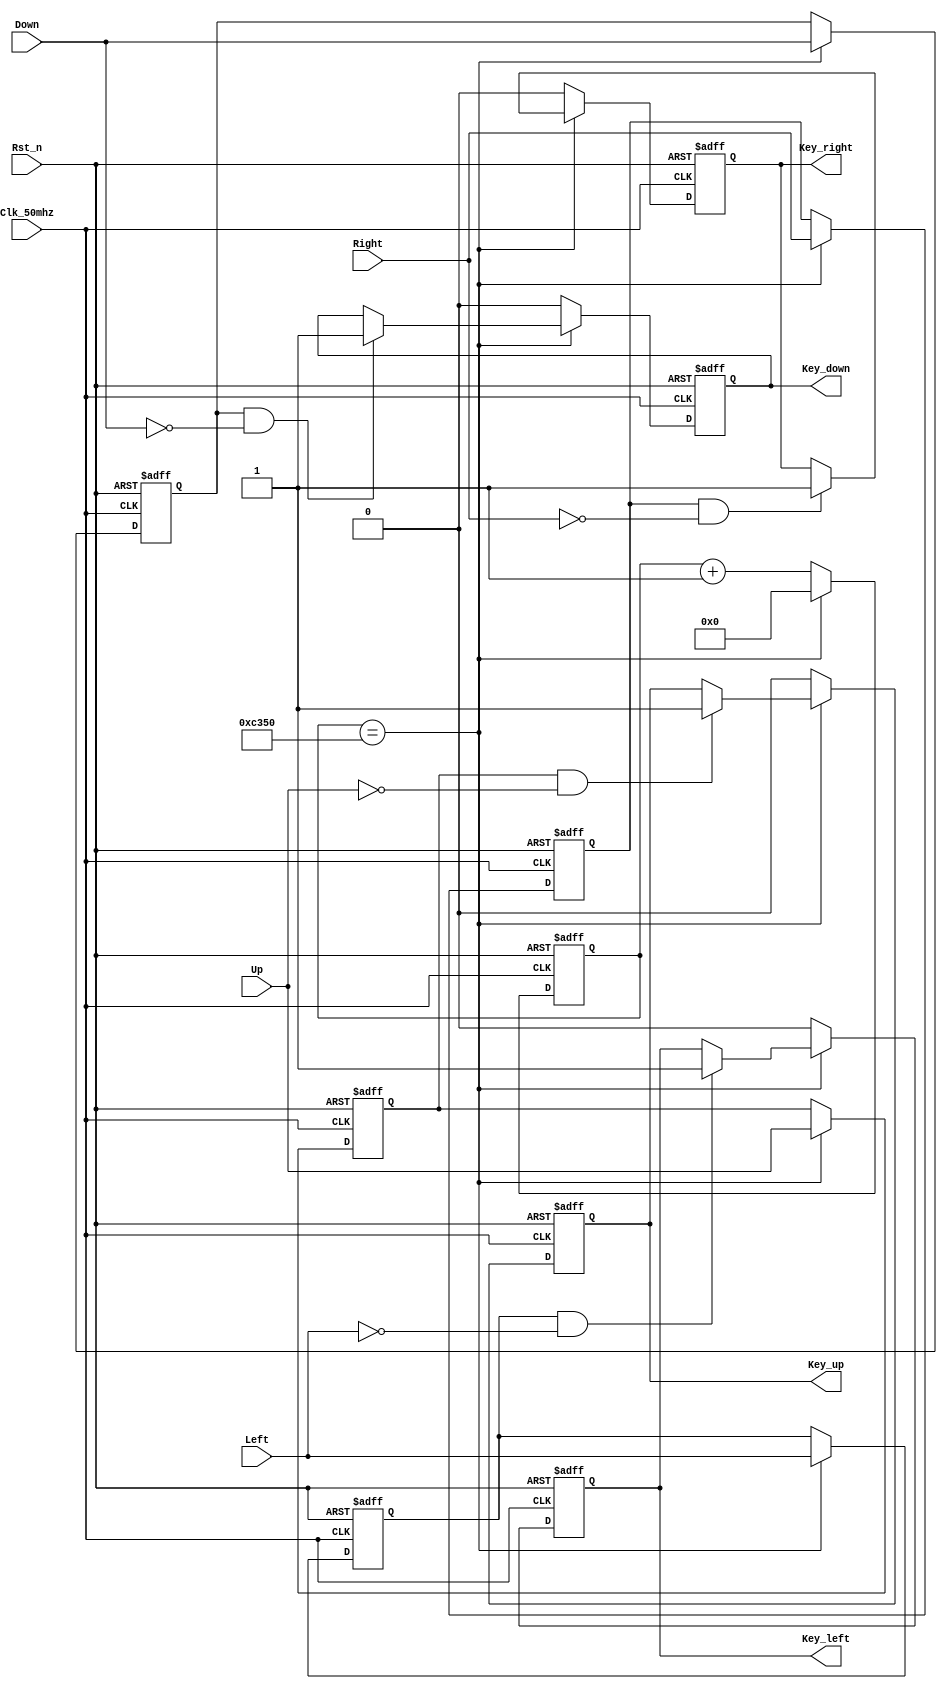
module Key_check_module//
(	
	input Clk_50mhz,//50M
	input Rst_n,//
	
	input Left,//
	input Right,//
	input Up,//
	input Down,//
	
	output reg Key_left,//
	output reg Key_right,//
	output reg Key_up,//
	output reg Key_down//
);

/***************************************************************************/
	reg [31:0] Count1;//32100MS
	
	reg Key_left2;//2
	reg Key_right2;//2
	reg Key_up2;//2
	reg Key_down2;//2
	
	always @ (posedge Clk_50mhz or negedge Rst_n)
	begin
		if(!Rst_n)
		begin
			Count1 <= 32'd0;
			
			Key_left <= 1'd0;
			Key_right <= 1'd0;
			Key_up <= 1'd0;
			Key_down <= 1'd0;
			
			Key_left2 <= 1'd0;
			Key_right2 <= 1'd0;
			Key_up2 <= 1'd0;
			Key_down2 <= 1'd0;						
		end
		else 
		begin
			if(Count1 == 32'd5_0000)//100MS0
			begin//2201
				Count1 <= 0;//
				
				Key_left2 <= Left;//
				Key_right2 <= Right;
				Key_up2 <= Up;
				Key_down2 <= Down;
			/*	
				if((Key_left2 == 1'd0) && (Left == 1'd1))
					Key_left <= 1'd1;
				if((Key_right2 == 1'd0) && (Right == 1'd1))
					Key_right <= 1'd1;
				if((Key_up2 == 1'd0) && (Up == 1'd1))
					Key_up <= 1'd1;
				if((Key_down2 == 1'd0) && (Down == 1'd1))
					Key_down <= 1'd1;	
			*/
				if((Key_left2 == 1'd1) && (Left == 1'd0))
					Key_left <= 1'd1;
				if((Key_right2 == 1'd1) && (Right == 1'd0))
					Key_right <= 1'd1;
				if((Key_up2 == 1'd1) && (Up == 1'd0))
					Key_up <= 1'd1;
				if((Key_down2 == 1'd1) && (Down == 1'd0))
					Key_down <= 1'd1;	
			end
			else
			begin
				Count1 <= Count1 + 32'd1;
				//
				Key_left <= 1'd0;
				Key_right <= 1'd0;
				Key_up <= 1'd0;
				Key_down <= 1'd0;
			end
		end	
	end				
	
endmodule